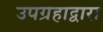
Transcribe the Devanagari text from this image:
उपग्रहाद्वारा